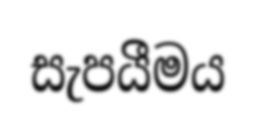
සැපයීමය